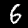
Label: 6